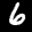
Label: 6